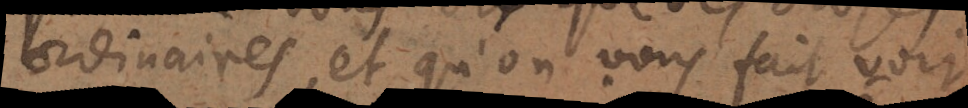
ordinaires, et qu’on vous fait voir